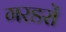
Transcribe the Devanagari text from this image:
गरडरों